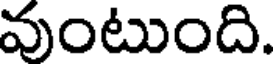
వుంటుంది.